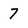
Character: 7